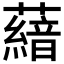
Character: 𮒨